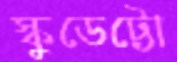
স্কুডেট্টো